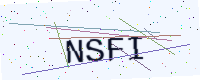
Text: NSFI